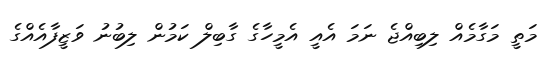
މަތީ މަގާމެއް ލިބިއްޖެ ނަމަ އެއީ އެމީހާގެ ގާބިލް ކަމުން ލިބުނު ވަޒީފާއެއްގެ